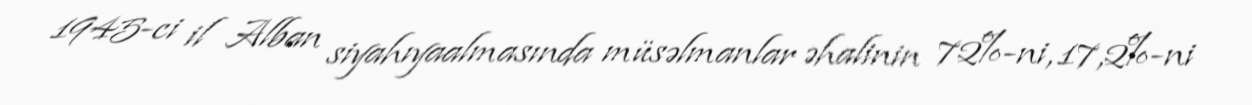
1945-ci il Alban siyahıyaalmasında müsəlmanlar əhalinin 72%-ni, 17,2%-ni